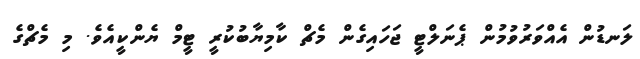
ލަނޑުން އެއްވަރުވުމުން ޕެނަލްޓީ ޖަހައިގެން މެޗް ކާމިޔާބުކުރީ ޓީމް ޔެންކީއެވެ. މި މެޗްގެ